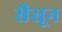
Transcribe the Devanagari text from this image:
सैसून